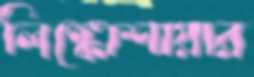
লিঙ্কোশায়ার